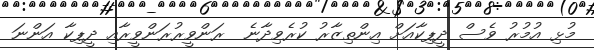
މުޅި އުމުރު ވެސް ދީޕިކާއަށް އިންތިޒާރު ކުރެވިދާނެ  ރަންވީރުރަންވީރާއި ދީޕިކާ އަންނަ